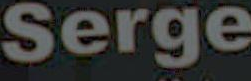
Serge